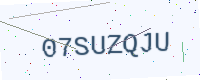
Text: 07SUZQJU